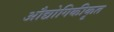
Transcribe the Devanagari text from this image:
औद्योगिकीकृत